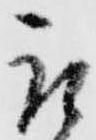
取